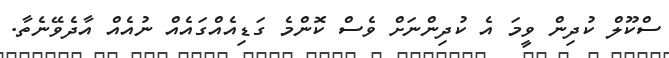
ސްކޫލް ކުދިން ވީމަ އެ ކުދިންނަށް ވެސް ކޮންމެ ގަޑިއެއްގައެއް ނުއެއް އާދެވޭނެތާ.